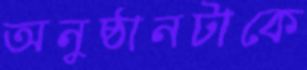
অনুষ্ঠানটাকে